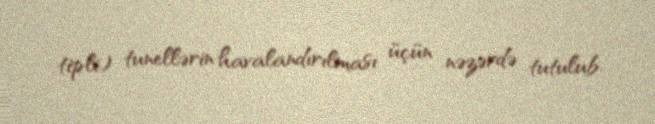
tipli) tunellərin havalandırılması üçün nəzərdə tutulub.